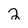
Character: 2